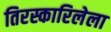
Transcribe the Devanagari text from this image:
तिरस्कारिलेला